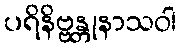
ပရိနိဗ္ဗန္တုနာသဝါ